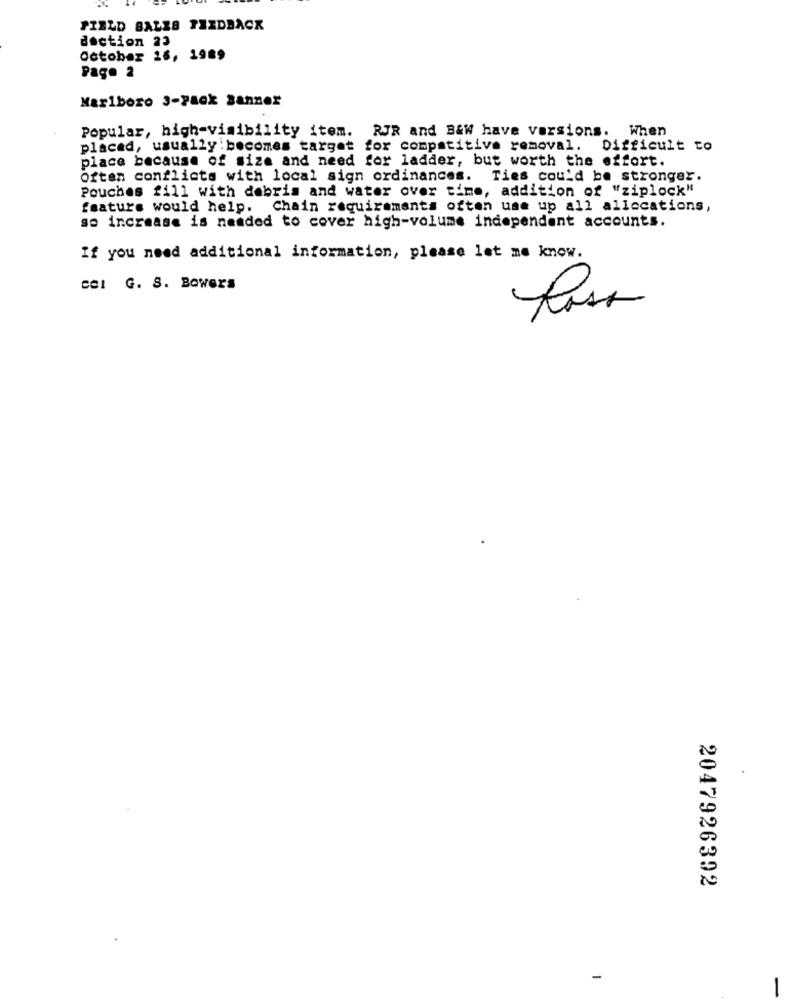
FIELD SALES THEDBACK
doction 23
October 16, 1989
Page 2
Marlboro 3-Pack sanner
Popular, high-visibility item. RJR and B&W have versions. When
placed, usually: becomes target for competitive removal. Difficult to
place because of size and need for ladder, but worth the effort.
Often conflicts with local sign ordinances. Ties cou'd be stronger.
Pouches fill with debris and water over time, addition of "ziplock"
feature would help. Chain requirements often use up all allocations,
se increase is needed to cover high-volume independent accounts.
If you need additional information, please let me know.
cel G. S. Bowers
2047926392